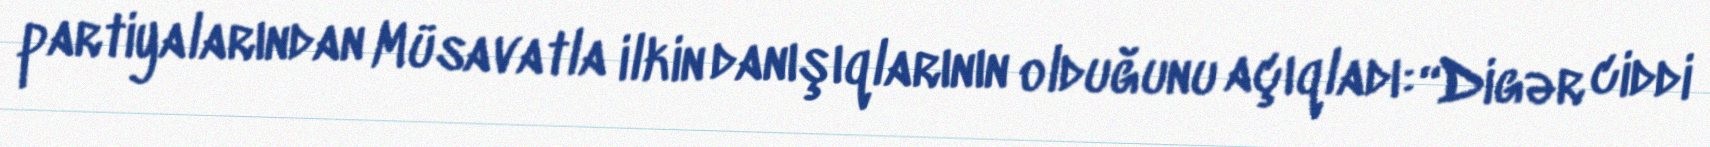
partiyalarından Müsavatla ilkin danışıqlarının olduğunu açıqladı: “Digər ciddi